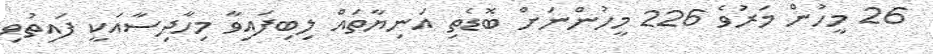
26 މީހުން މަރުވެ 226 މީހުންނަށް ބޮޑެތި އަނިޔާތައް ލިބިފައިވާ މިހާދިސާއަކީ ފައިތުވި